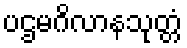
ပဌမဂိလာနသုတ္တံ